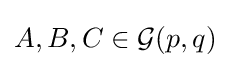
A,B,C\in {\mathcal {G}}(p,q)